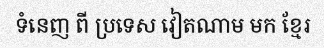
ទំនេញ ពី ប្រទេស វៀតណាម មក ខ្មែរ